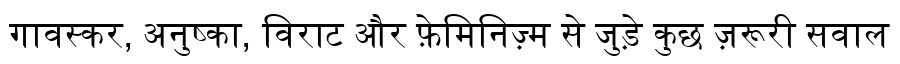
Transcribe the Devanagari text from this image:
गावस्कर, अनुष्का, विराट और फ़ेमिनिज़्म से जुड़े कुछ ज़रूरी सवाल